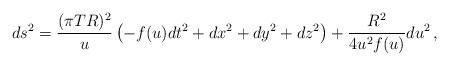
LaTeX: \begin{align*}ds^2 = \frac{(\pi T R)^2}u\left( -f(u) dt^2 + dx^2 + dy^2 +dz^2 \right) +{R^2\over 4 u^2 f(u)} du^2\,,\end{align*}